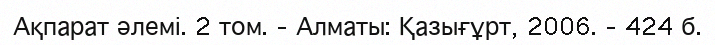
Ақпарат әлемі. 2 том. – Алматы: Қазығұрт, 2006. – 424 б.